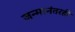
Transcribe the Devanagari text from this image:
जन्मानंतरही